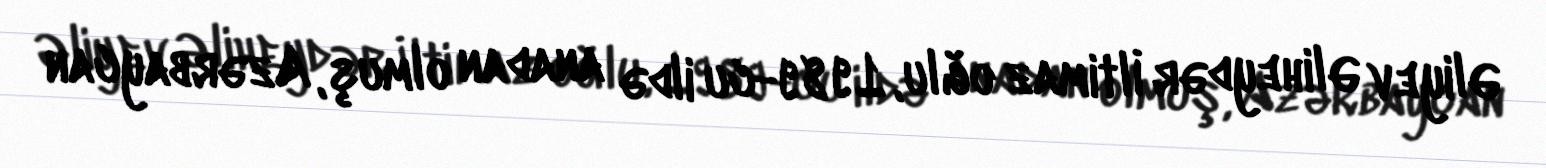
Əliyev Əliheydər İltimaz oğlu, 1989-cu ildə anadan olmuş, Azərbaycan